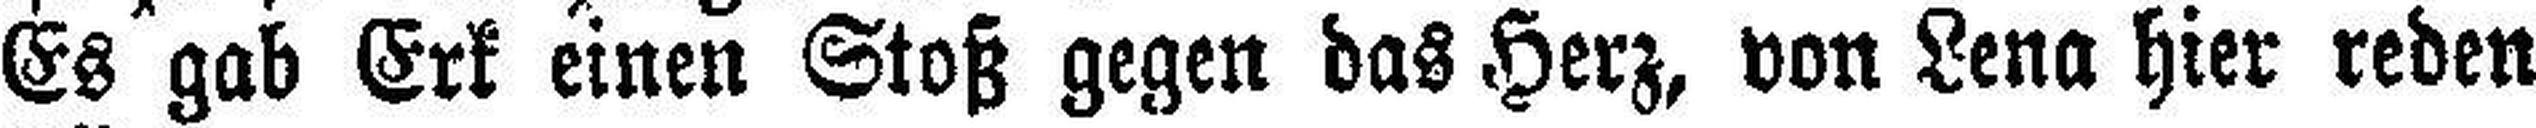
Es gab Erk einen Stoß gegen das Herz, von Lena hier reden